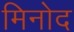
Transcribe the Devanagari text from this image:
मिनोद